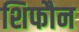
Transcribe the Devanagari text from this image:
शिफौन